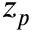
z _ { p }